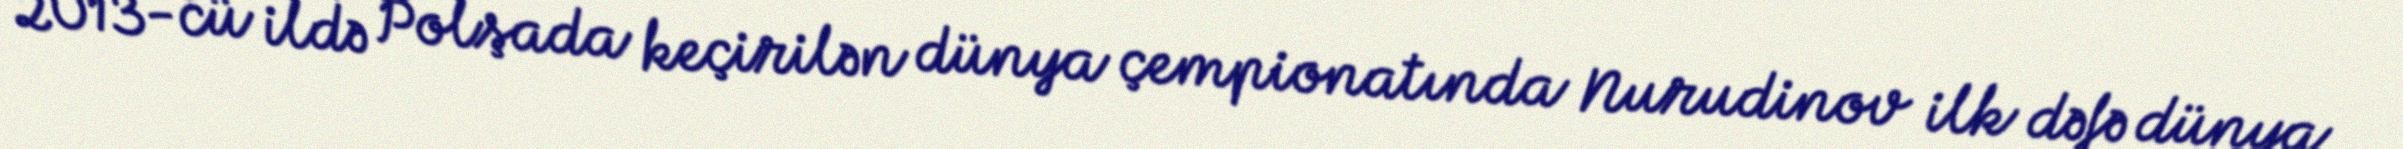
2013-cü ildə Polşada keçirilən dünya çempionatında Nurudinov ilk dəfə dünya